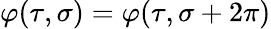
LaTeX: \varphi(\tau,\sigma)=\varphi(\tau,\sigma+2\pi)